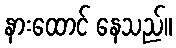
နားထောင် နေသည်။